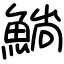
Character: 𫙥